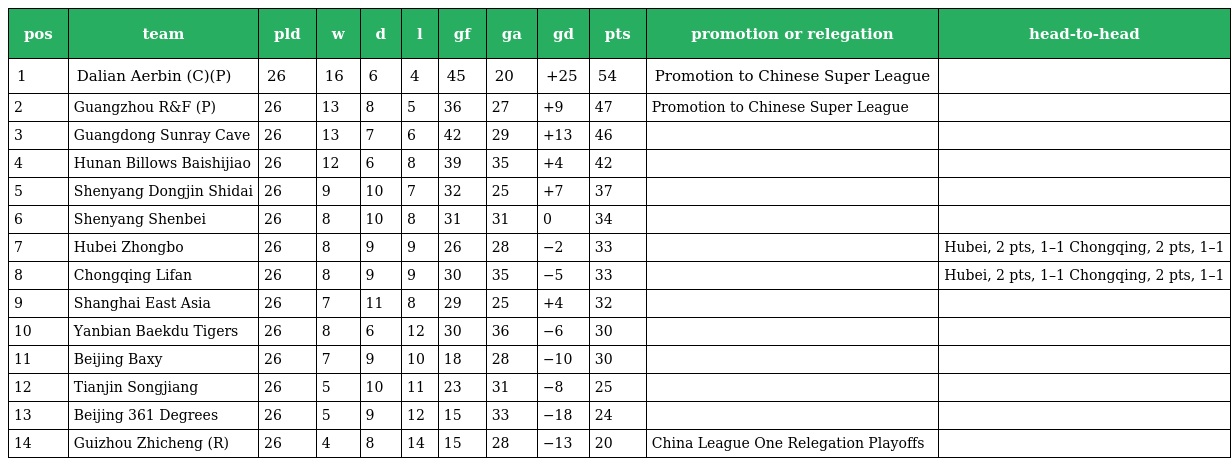
| pos | team | pld | w | d | l | gf | ga | gd | pts | promotion or relegation | head-to-head |
 | --- | --- | --- | --- | --- | --- | --- | --- | --- | --- | --- | --- |
 | 1 | Dalian Aerbin (C)(P) | 26 | 16 | 6 | 4 | 45 | 20 | +25 | 54 | Promotion to Chinese Super League |  |
 | 2 | Guangzhou R&F (P) | 26 | 13 | 8 | 5 | 36 | 27 | +9 | 47 | Promotion to Chinese Super League |  |
 | 3 | Guangdong Sunray Cave | 26 | 13 | 7 | 6 | 42 | 29 | +13 | 46 |  |  |
 | 4 | Hunan Billows Baishijiao | 26 | 12 | 6 | 8 | 39 | 35 | +4 | 42 |  |  |
 | 5 | Shenyang Dongjin Shidai | 26 | 9 | 10 | 7 | 32 | 25 | +7 | 37 |  |  |
 | 6 | Shenyang Shenbei | 26 | 8 | 10 | 8 | 31 | 31 | 0 | 34 |  |  |
 | 7 | Hubei Zhongbo | 26 | 8 | 9 | 9 | 26 | 28 | −2 | 33 |  | Hubei, 2 pts, 1–1 Chongqing, 2 pts, 1–1 |
 | 8 | Chongqing Lifan | 26 | 8 | 9 | 9 | 30 | 35 | −5 | 33 |  | Hubei, 2 pts, 1–1 Chongqing, 2 pts, 1–1 |
 | 9 | Shanghai East Asia | 26 | 7 | 11 | 8 | 29 | 25 | +4 | 32 |  |  |
 | 10 | Yanbian Baekdu Tigers | 26 | 8 | 6 | 12 | 30 | 36 | −6 | 30 |  |  |
 | 11 | Beijing Baxy | 26 | 7 | 9 | 10 | 18 | 28 | −10 | 30 |  |  |
 | 12 | Tianjin Songjiang | 26 | 5 | 10 | 11 | 23 | 31 | −8 | 25 |  |  |
 | 13 | Beijing 361 Degrees | 26 | 5 | 9 | 12 | 15 | 33 | −18 | 24 |  |  |
 | 14 | Guizhou Zhicheng (R) | 26 | 4 | 8 | 14 | 15 | 28 | −13 | 20 | China League One Relegation Playoffs |  |